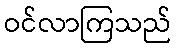
ဝင်လာကြသည်